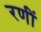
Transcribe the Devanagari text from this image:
रणीं